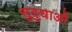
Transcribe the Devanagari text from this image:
सुवुधाओं